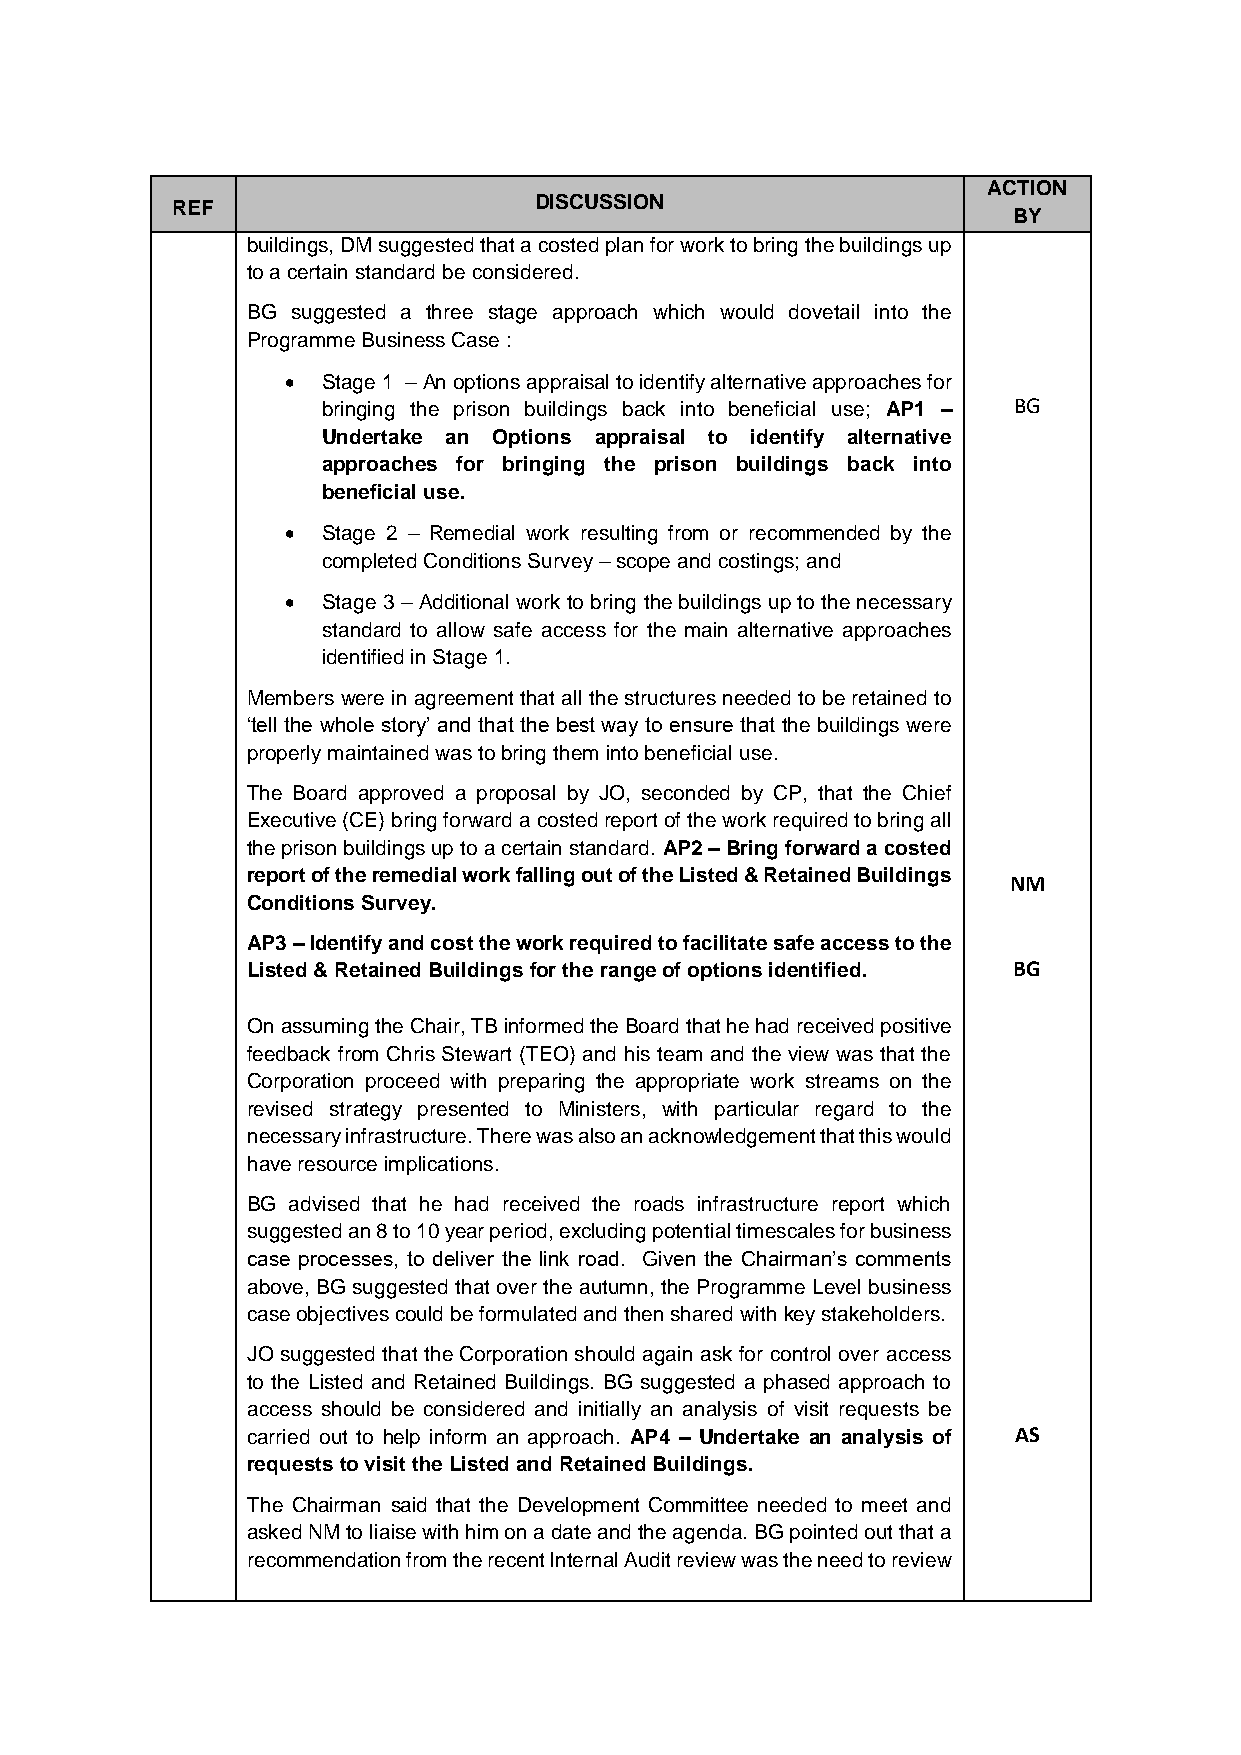
ACTION
 REF                     DISCUSSION
 BY
 buildings, DM suggested that a costed plan for work to bring the buildings up
 to a certain standard be considered.
 BG suggested a three stage approach which would dovetail into the
 Programme Business Case :
  Stage 1 – An options appraisal to identify alternative approaches for
 bringing the prison buildings back into beneficial use; AP1 – BG
 Undertake an Options appraisal to identify alternative
 approaches for bringing the prison buildings back into
 beneficial use.
  Stage 2 – Remedial work resulting from or recommended by the
 completed Conditions Survey – scope and costings; and
  Stage 3 – Additional work to bring the buildings up to the necessary
 standard to allow safe access for the main alternative approaches
 identified in Stage 1.
 Members were in agreement that all the structures needed to be retained to
 ‘tell the whole story’ and that the best way to ensure that the buildings were
 properly maintained was to bring them into beneficial use.
 The Board approved a proposal by JO, seconded by CP, that the Chief
 Executive (CE) bring forward a costed report of the work required to bring all
 the prison buildings up to a certain standard. AP2 – Bring forward a costed
 report of the remedial work falling out of the Listed & Retained Buildings
 NM
 Conditions Survey.
 AP3 – Identify and cost the work required to facilitate safe access to the
 Listed & Retained Buildings for the range of options identified. BG
 On assuming the Chair, TB informed the Board that he had received positive
 feedback from Chris Stewart (TEO) and his team and the view was that the
 Corporation proceed with preparing the appropriate work streams on the
 revised strategy presented to Ministers, with particular regard to the
 necessary infrastructure. There was also an acknowledgement that this would
 have resource implications.
 BG advised that he had received the roads infrastructure report which
 suggested an 8 to 10 year period, excluding potential timescales for business
 case processes, to deliver the link road. Given the Chairman’s comments
 above, BG suggested that over the autumn, the Programme Level business
 case objectives could be formulated and then shared with key stakeholders.
 JO suggested that the Corporation should again ask for control over access
 to the Listed and Retained Buildings. BG suggested a phased approach to
 access should be considered and initially an analysis of visit requests be
 carried out to help inform an approach. AP4 – Undertake an analysis of AS
 requests to visit the Listed and Retained Buildings.
 The Chairman said that the Development Committee needed to meet and
 asked NM to liaise with him on a date and the agenda. BG pointed out that a
 recommendation from the recent Internal Audit review was the need to review